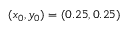
( x _ { 0 } , y _ { 0 } ) = ( 0 . 2 5 , 0 . 2 5 )